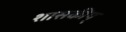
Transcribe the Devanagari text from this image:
शासकीय्